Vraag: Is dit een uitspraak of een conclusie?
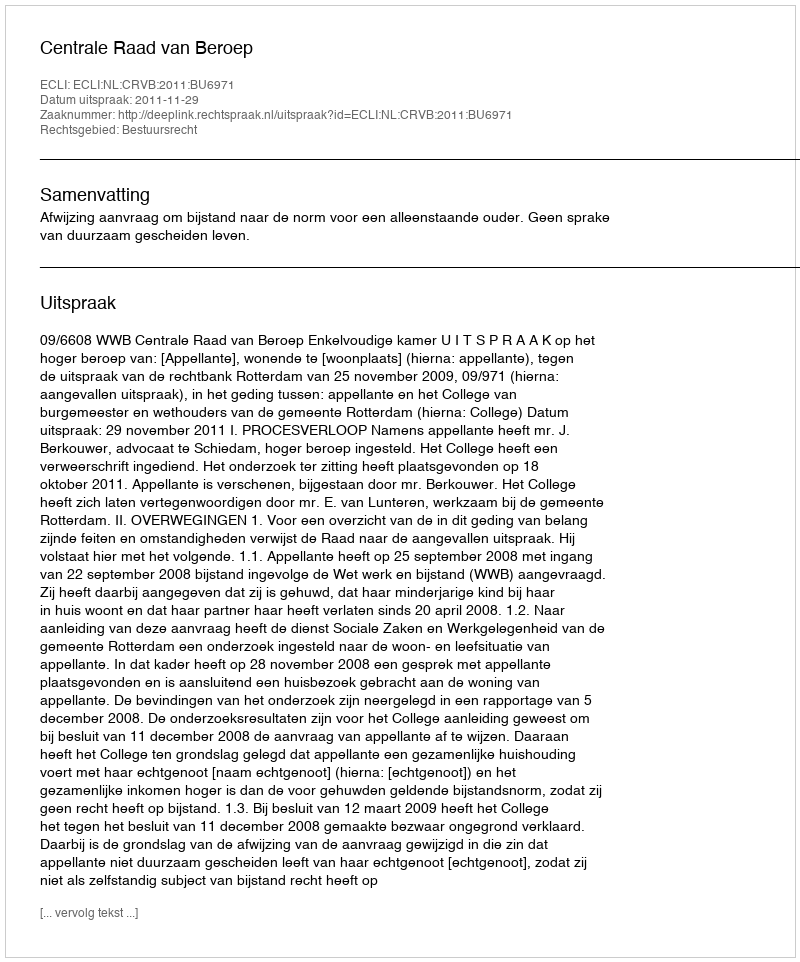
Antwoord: Uitspraak